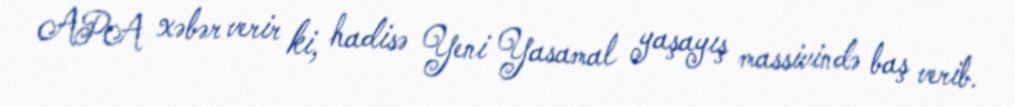
APA xəbər verir ki, hadisə Yeni Yasamal yaşayış massivində baş verib.